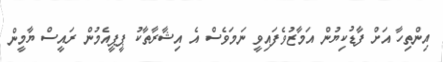
އިންތިހާ އަށް ފާޑުކިޔުން އަމާޒުވެފައިވީ ނަމަވެސް އެ އިޝާރާތާކު ޕީޕީއެމުން ރައީސް ޔާމީން